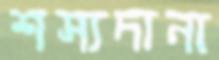
শস্যদানা